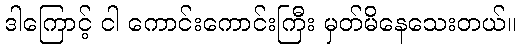
ဒါကြောင့် ငါ ကောင်းကောင်းကြီး မှတ်မိနေသေးတယ်။